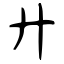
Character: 廾